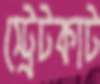
স্ট্রেটকাট